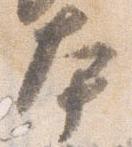
本